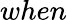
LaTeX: when